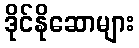
ဒိုင်နိုဆောများ